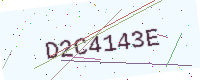
Text: D2C4143E